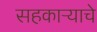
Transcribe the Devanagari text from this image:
सहकाऱ्याचे